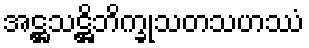
အဋ္ဌသဋ္ဌိဘိက္ခုသတသဟဿံ